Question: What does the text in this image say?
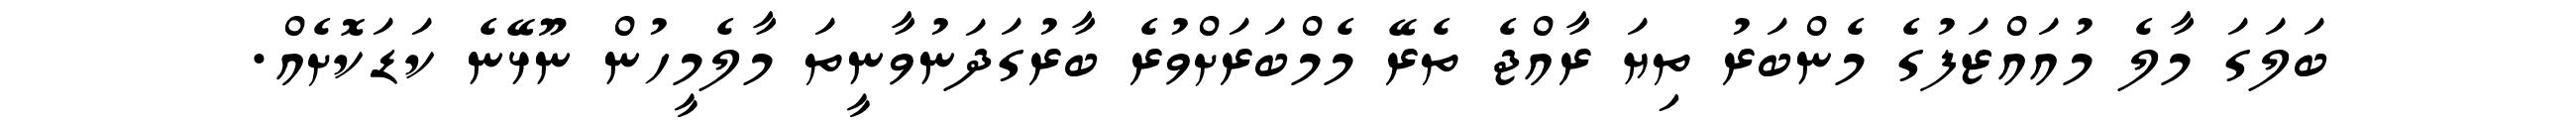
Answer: ބަލަގަ މާލެ މުއައްޒަފުގެ މެންބަރު ތިޔަ ރާއްޖެ ތެރޭ މެމްބަރަށްވުރެ ބާރުގަދަނުވާނީތަ މާލެމީހުން ނޫޅޭނެ ކަޑަކޮށެއް.